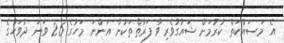
އެ މަސައްކަތް ކުރުމަށް ޝައުގުވެރިވާ ފަރާތްތަކުން އަންނަ މަހުގެ 26 ވަނަ ދުވަހުގެ